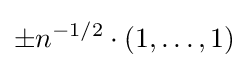
\pm n^{-1/2}\cdot (1,\dots ,1)